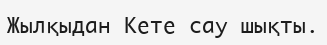
Жылқыдан Кете сау шықты.